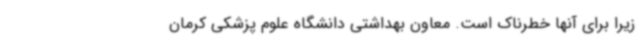
زیرا برای آنها خطرناک است. معاون بهداشتی دانشگاه علوم پزشکی کرمان